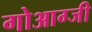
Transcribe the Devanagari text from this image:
गोआग्जी